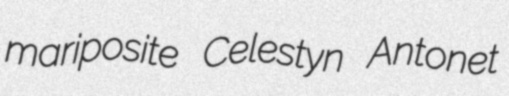
mariposite Celestyn Antonet